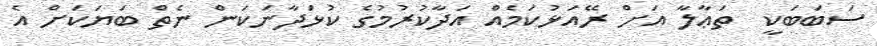
ސަބަބަކީ  ތަޢާލާ އަށް ރޭއަޅުކަމެއް އަދާކުރުމުގެ ކުޅަދާނަކަން ނެތް ބަޔަކަށް އެ